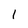
Character: l